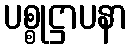
ပစ္စုဋ္ဌာပနာ